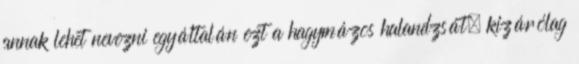
annak lehet nevezni egyáltalán ezt a hagymázos halandzsát, kizárólag